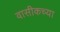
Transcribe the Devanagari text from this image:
वासीकच्या